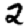
Digit: 2